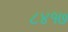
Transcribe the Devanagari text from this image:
८४१७